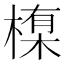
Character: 𪳊